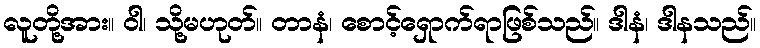
လူတို့အား။ ဝါ၊ သို့မဟုတ်။ တာနံ၊ စောင့်ရှောက်ရာဖြစ်သည်။ ဒါနံ၊ ဒါနသည်။